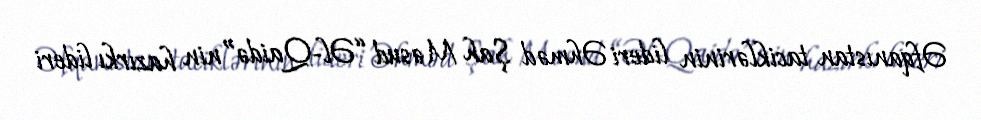
Əfqanıstan taciklərinin lideri Əhməd Şah Məsud “Əl-Qaidə”nin hazırkı lideri